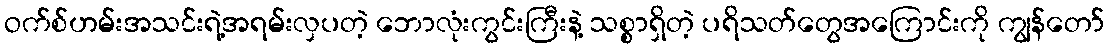
ဝက်စ်ဟမ်းအသင်းရဲ့အရမ်းလှပတဲ့ ဘောလုံးကွင်းကြီးနဲ့ သစ္စာရှိတဲ့ ပရိသတ်တွေအကြောင်းကို ကျွန်တော်